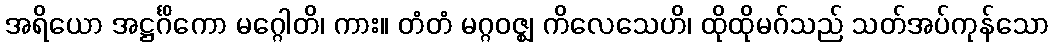
အရိယော အဋ္ဌင်္ဂိကော မဂ္ဂေါတိ၊ ကား။ တံတံ မဂ္ဂဝဇ္ဈ ကိလေသေဟိ၊ ထိုထိုမဂ်သည် သတ်အပ်ကုန်သော